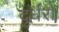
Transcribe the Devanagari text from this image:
दुर्धरो